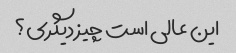
این عالی است چیز دیگری؟